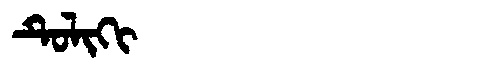
Manchu: ᡨᡠᠯᡳᡴᡳ
Romanization: TULIKI